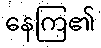
နေကြ၏